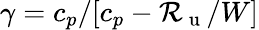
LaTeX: \gamma=c_{p}/[c_{p}-\mathcal{R}_{\mathrm{~u~}}/W]